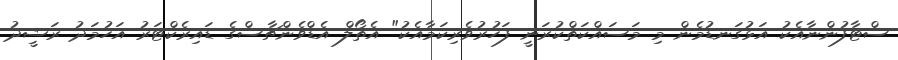
ސްޓާފުންނާއެކު އަޅުގަނޑުމެން މި މަސައްކަތްކުރަނީ ފަހުރުވެރިކަމާއެކު" އެތޯލް އެޑްވެންޗާސްގެ ޑައިރެކްޓަރު އަހުމަދު ރަޝީދު